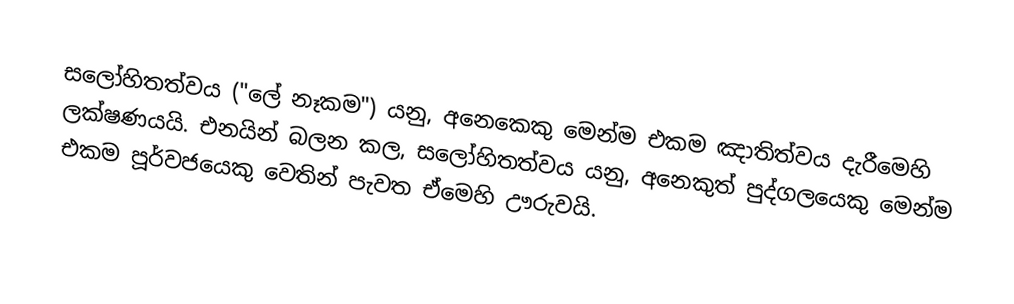
සලෝහිතත්වය ("ලේ නෑකම") යනු, අනෙකෙකු මෙන්ම එකම ඤාතිත්වය දැරීමෙහි ලක්ෂණයයි. එනයින් බලන කල, සලෝහිතත්වය යනු, අනෙකුත් පුද්ගලයෙකු මෙන්ම එකම පූර්වජයෙකු වෙතින් පැවත ඒමෙහි ඌරුවයි.